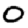
Digit: 0